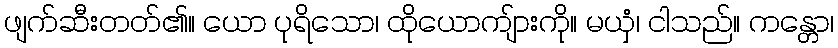
ဖျက်ဆီးတတ်၏။ ယော ပုရိသော၊ ထိုယောကျ်ားကို။ မယှံ၊ ငါသည်။ ကန္တော၊